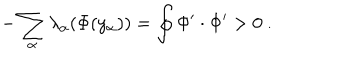
- \sum _ { \alpha } \lambda _ { \alpha } ( \Phi ( y _ { \alpha } ) ) = \oint \Phi ^ { \prime } \cdot \Phi ^ { \prime } > 0 ~ .